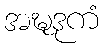
အဍ္ဎဒုကံ